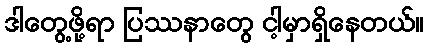
ဒါတွေ့ဖို့ရာ ပြဿနာတွေ ငါ့မှာရှိနေတယ်။